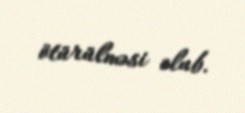
ötürülməsi olub.